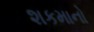
શકમાનો